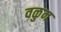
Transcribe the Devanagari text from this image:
वळुन